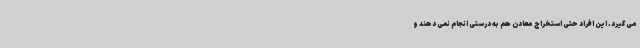
می گیرد. این افراد حتی استخراج معادن هم به درستی انجام نمی دهند و